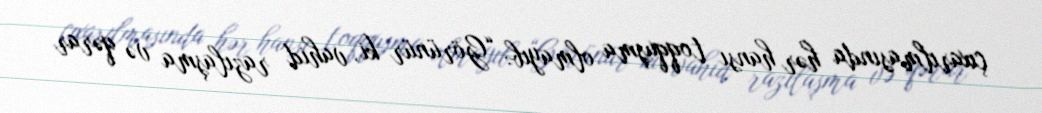
çıxarılmasında hər hansı toqquşma olmayıb: “Görünür ki, vahid razılaşma və qərar